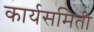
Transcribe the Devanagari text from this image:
कार्यसमिती